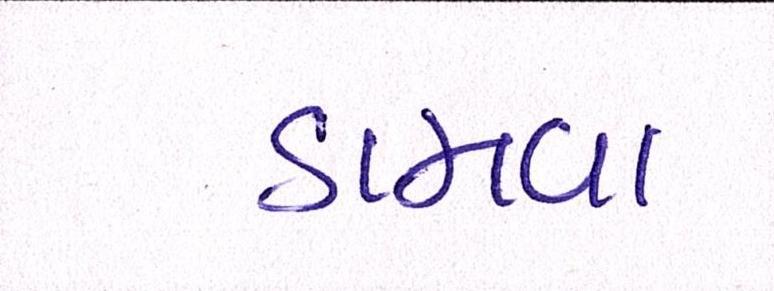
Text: ડામવા